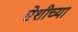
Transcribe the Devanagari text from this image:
ऐशीच्या